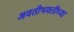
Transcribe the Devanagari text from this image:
अवतीभवतीच्या